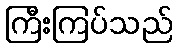
ကြီးကြပ်သည်